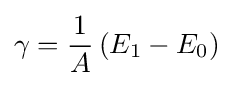
\gamma ={\frac {1}{A}}\left(E_{1}-E_{0}\right)